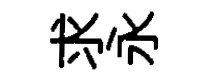
求永